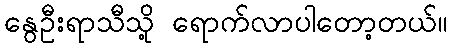
နွေဦးရာသီသို့ ရောက်လာပါတော့တယ်။